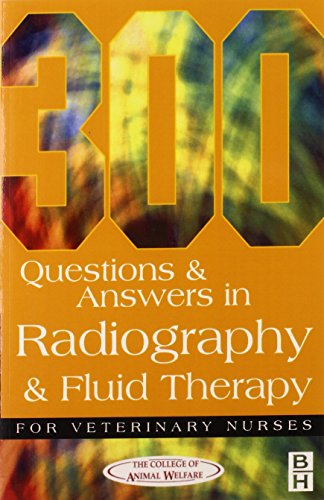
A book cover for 300 Questions and Answers In Radiography and Fluid Therapy for Veterinary Nurses, 2e (Veterinary Nursing); CAW; Medical Books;